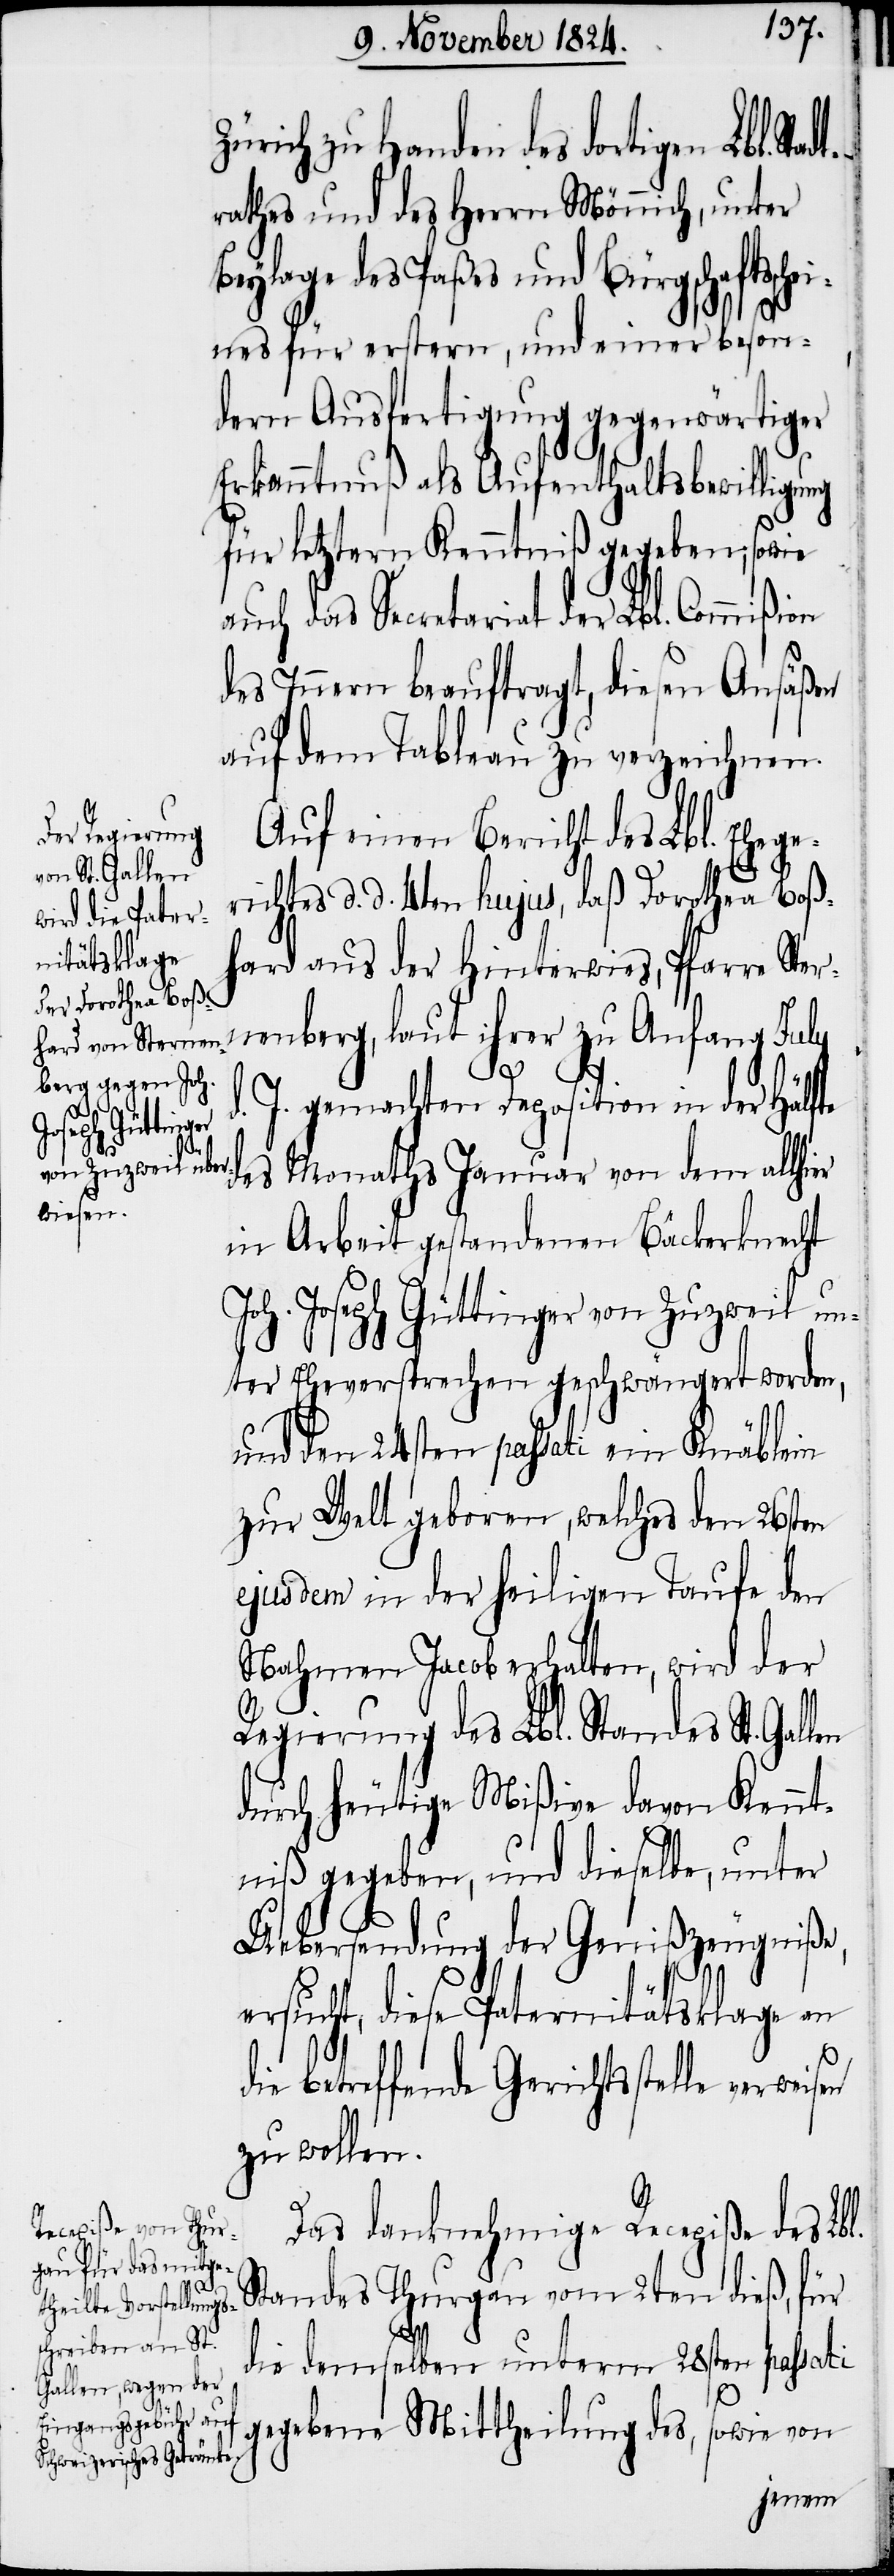
le verweisen

Zürich zu Handen des dortigen Lbl.
rathes und des Herrn Mönnich, unter
Beylage des Paßes und Bürgschaftssch¬
eines für erstern, und einer beson¬
dern Ausfertigung gegenwärtiger
Erkanntnuß als Aufenthaltsbewilligung
für letztern Kenntniß gegeben; sowie
auch das Secretariat der Lbl. Commi¬
des Innern beauftragt, diesen Ansäßen
auf dem Tableau zu verzeichnen.
Auf einen Bericht des Lbl. Ehege¬
richtes d. d. 4ten hujus, daß Dorothea Boß¬
hard aus der Hinterwies, Pfarre Ster¬
nenberg, laut ihrer zu Anfang July
d. J. gemachten Deposition in der Hälfte
des Monaths Januar von dem allhi¬
in Arbeit gestandenen Bäckerknecht
Joh. Joseph Güttinger von Zuzweil un¬
ter Eheversprechen geschwängert worden,
und den 24sten passati ein Knäblein
zur Welt geboren, welches den 26sten
ejusdem in der heiligen Taufe den
Nahmen Jacob erhalten, wird der
Regierung des Lbl. Standes St.
durch heutige Mißive davon Kennt¬
niß gegeben, und dieselbe, unter
Uebersendung der Genißzeugniße,
ersucht, diese Paternitätsklage an
betreffende Gerichtsstel¬
zu wollen.
Das danknehmige Recepiße des Lbl.
Standes Thurgau vom 2ten dieß, für
er
die demselben unterm 28sten passati
ßion
gegebene Mittheilung des, sowie von